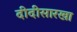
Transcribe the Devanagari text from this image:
दीदीसारखा